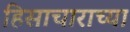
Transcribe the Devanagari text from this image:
हिसाचाराच्या